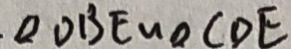
\Delta D B E \sim \Delta C D E